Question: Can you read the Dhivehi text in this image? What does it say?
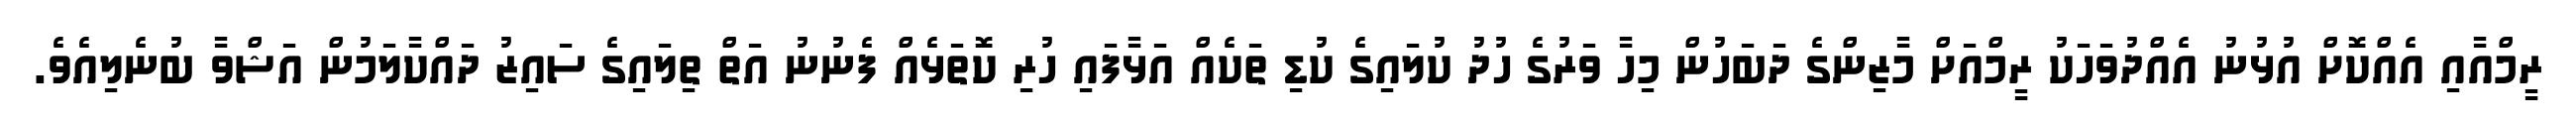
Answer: ރީމްއާއި އެއްކޮށް އުޅުނު އެއްދުވަހަކު ރީމްއަށް މާޒިންގެ ދަބަހުން މިހާ ވަރުގެ ހުދު ކުލައިގެ ކުޑި ތަކެއް އަޅާފައި ހުރި ކޮތަޅެއް ފެނުނު އަތް ތިލައިގެ ސައިޒު ދައްކާލަމުން އަޝްވާ ބުނެލިއެވެ.